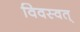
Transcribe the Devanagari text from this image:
विवस्वत्